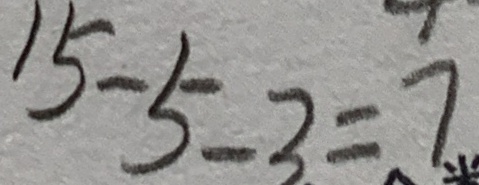
1 5 - 5 - 3 = 7